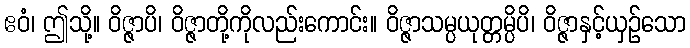
ဧဝံ၊ ဤသို့။ ဝိဇ္ဇာပိ၊ ဝိဇ္ဇာတို့ကိုလည်းကောင်း။ ဝိဇ္ဇာသမ္ပယုတ္တမ္ပိပိ၊ ဝိဇ္ဇာနှင့်ယှဉ်သော